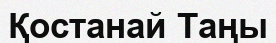
Қостанай Таңы